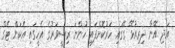
އަދި އޭނާ ދިރިއުޅޭ ގޭގައި ހަރުކޮށްފައި ހުންނަ ރިސީވަރުގެ އެހީގައި އެކަން ޓެގް